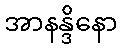
အာနန္ဒိနော